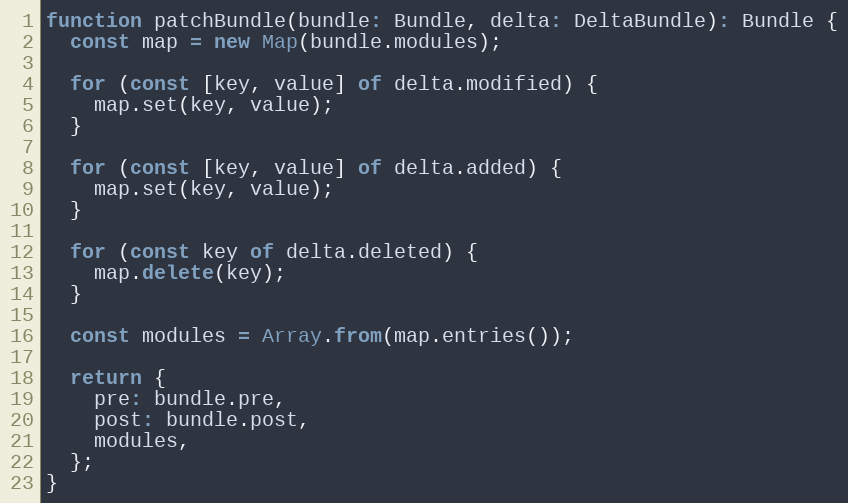
Language: JavaScript
function patchBundle(bundle: Bundle, delta: DeltaBundle): Bundle {
  const map = new Map(bundle.modules);

  for (const [key, value] of delta.modified) {
    map.set(key, value);
  }

  for (const [key, value] of delta.added) {
    map.set(key, value);
  }

  for (const key of delta.deleted) {
    map.delete(key);
  }

  const modules = Array.from(map.entries());

  return {
    pre: bundle.pre,
    post: bundle.post,
    modules,
  };
}